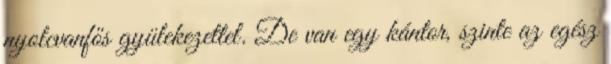
nyolcvanfős gyülekezettel. De van egy kántor, szinte az egész